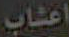
اعشاب